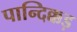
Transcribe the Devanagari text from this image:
पान्दिक्कड़